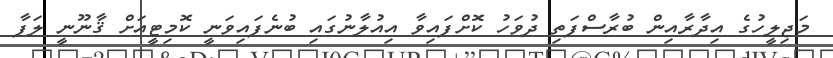
މަޖިލީހުގެ އިދާރާއިން ބުރާސްފަތި ދުވަހު ކޮށްފައިވާ އިއުލާނުގައި ބުނެފައިވަނީ ކޮމިޓީއަށް ޤާނޫނީ ލަފާ